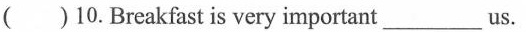
( )10.Breakfast is very important___us.